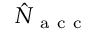
\hat { N } _ { \mathrm { ~ a ~ c ~ c ~ } }